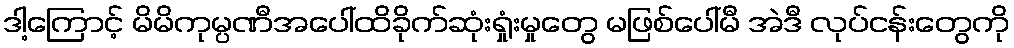
ဒါ့ကြောင့် မိမိကုမ္ပဏီအပေါ်ထိခိုက်ဆုံးရှုံးမှုတွေ မဖြစ်ပေါ်မီ အဲဒီ လုပ်ငန်းတွေကို